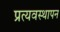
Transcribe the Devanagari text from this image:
प्रत्यवस्थापन